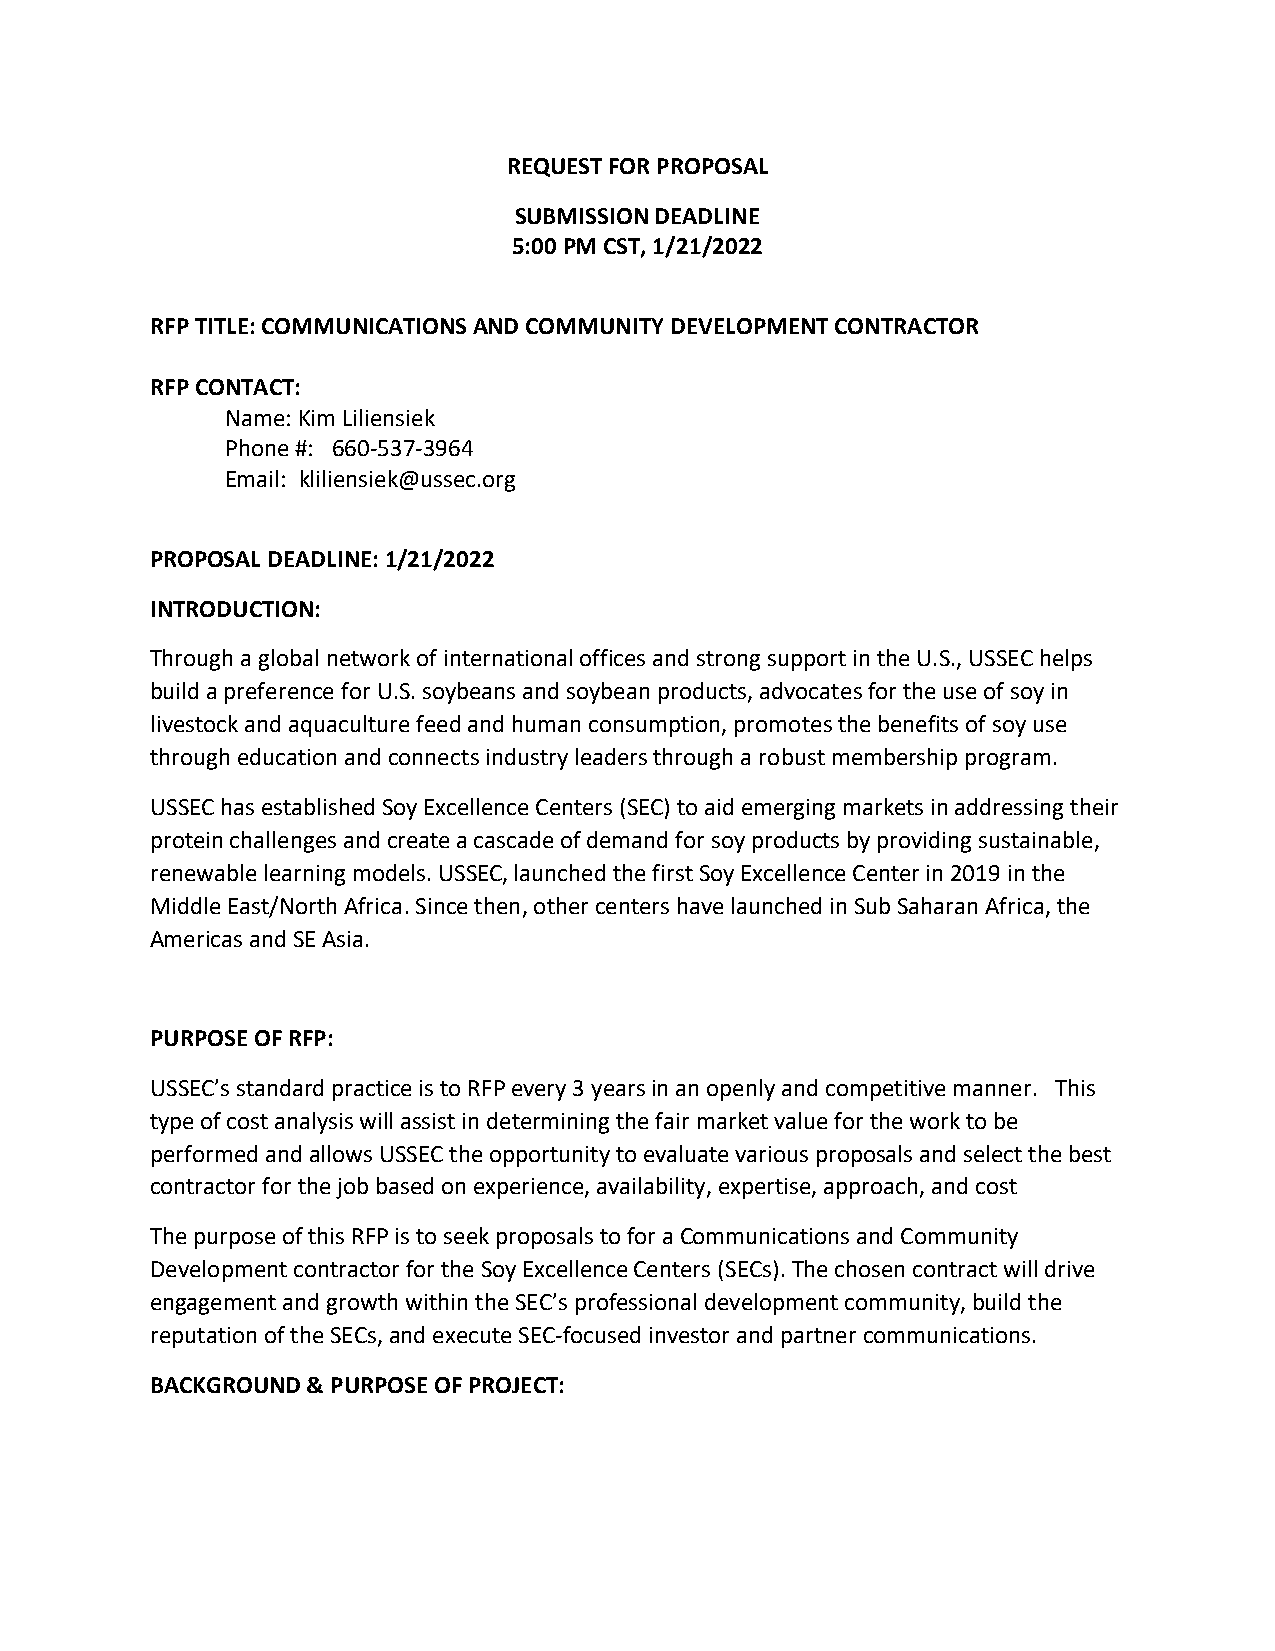
REQUEST FOR PROPOSAL
 SUBMISSION DEADLINE
 5:00 PM CST, 1/21/2022
 RFP TITLE: COMMUNICATIONS AND COMMUNITY DEVELOPMENT CONTRACTOR
 RFP CONTACT:
 Name: Kim Liliensiek
 Phone #: 660-537-3964
 Email: kliliensiek@ussec.org
 PROPOSAL DEADLINE: 1/21/2022
 INTRODUCTION:
 Through a global network of international offices and strong support in the U.S., USSEC helps
 build a preference for U.S. soybeans and soybean products, advocates for the use of soy in
 livestock and aquaculture feed and human consumption, promotes the benefits of soy use
 through education and connects industry leaders through a robust membership program.
 USSEC has established Soy Excellence Centers (SEC) to aid emerging markets in addressing their
 protein challenges and create a cascade of demand for soy products by providing sustainable,
 renewable learning models. USSEC, launched the first Soy Excellence Center in 2019 in the
 Middle East/North Africa. Since then, other centers have launched in Sub Saharan Africa, the
 Americas and SE Asia.
 PURPOSE OF RFP:
 USSEC’s standard practice is to RFP every 3 years in an openly and competitive manner. This
 type of cost analysis will assist in determining the fair market value for the work to be
 performed and allows USSEC the opportunity to evaluate various proposals and select the best
 contractor for the job based on experience, availability, expertise, approach, and cost
 The purpose of this RFP is to seek proposals to for a Communications and Community
 Development contractor for the Soy Excellence Centers (SECs). The chosen contract will drive
 engagement and growth within the SEC’s professional development community, build the
 reputation of the SECs, and execute SEC-focused investor and partner communications.
 BACKGROUND & PURPOSE OF PROJECT: